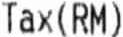
TAX(RM)